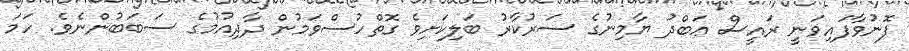
ފޮނުވާފައިވަނީ ރައީސް ޢަބްދު ޔާމިނުގެ ސަރުކާރު ބަލިކަށިވެ ގޮތްހުސްވަމުން ދާދިއުމުގެ ސަބަބުންނެވެ. ހަމަ